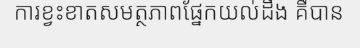
ការខ្វះខាតសមត្ថភាពផ្នែកយល់ដឹង គឺបាន